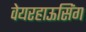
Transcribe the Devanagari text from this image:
वेयरहाऊसिंग